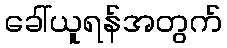
ခေါ်ယူရန်အတွက်